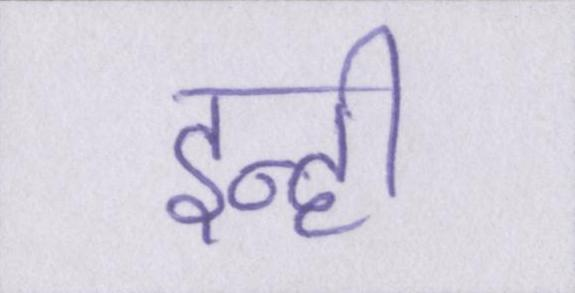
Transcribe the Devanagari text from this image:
इन्ही